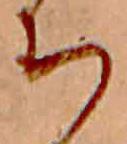
ち